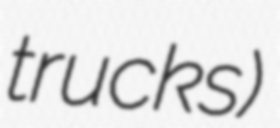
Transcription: trucks)